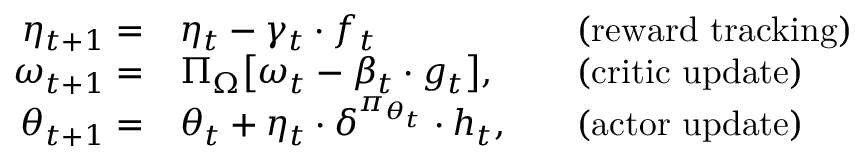
\begin{array} { r l r l } { \eta _ { t + 1 } = } & { \eta _ { t } - \gamma _ { t } \cdot f _ { t } } & & { \mathrm { ( r e w a r d ~ t r a c k i n g ) } } \\ { \omega _ { t + 1 } = } & { \Pi _ { \Omega } \big [ \omega _ { t } - \beta _ { t } \cdot g _ { t } \big ] , } & & { \mathrm { ( c r i t i c ~ u p d a t e ) } } \\ { \theta _ { t + 1 } = } & { \theta _ { t } + \eta _ { t } \cdot \delta ^ { \pi _ { \theta _ { t } } } \cdot h _ { t } , } & & { \mathrm { ( a c t o r ~ u p d a t e ) } } \end{array}